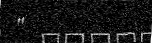
"